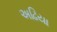
અઢિયા